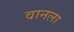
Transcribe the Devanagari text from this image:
वानला